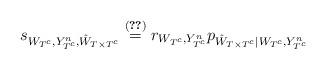
LaTeX: \begin{align*}s_{W_{T^c},Y_{T^c}^n,\hat W_{T\times T^c}}\stackrel{\eqref{qSimulatingConstruction}}{=} r_{W_{T^c}, Y_{T^c}^n} p_{\hat W_{T\times T^c}|W_{T^c},Y_{T^c}^n}\end{align*}